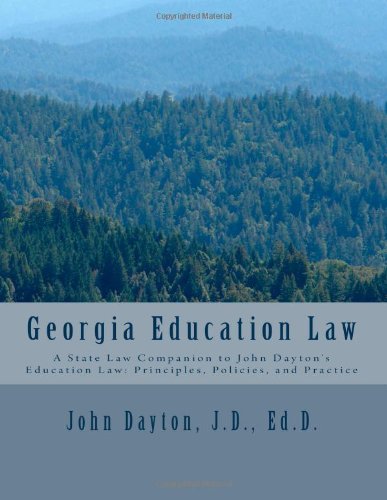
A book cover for Georgia Education Law; Dr. John Dayton; Law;